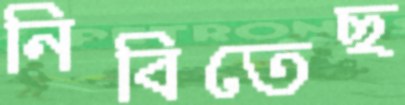
নিবিতেছ